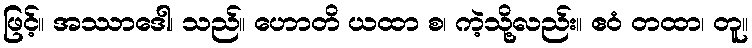
ဖြင့်။ အဿာဒေါ၊ သည်။ ဟောတိ ယထာ စ၊ ကဲ့သို့လည်း။ ဧဝံ တထာ၊ တူ။